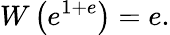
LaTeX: W\left(e^{1+e}\right)=e.